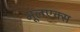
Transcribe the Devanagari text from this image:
मूलएक्स